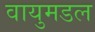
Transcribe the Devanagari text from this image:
वायुमडल